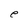
Character: e